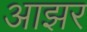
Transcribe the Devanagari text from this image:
आझर